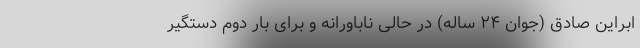
ابراین صادق (جوان ۲۴ ساله) در حالی ناباورانه و برای بار دوم دستگیر